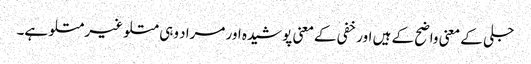
جلی کے معنی واضح کے ہیں اور خفی کےمعنی پوشیدہ اور مراد وہی متلو غیر متلو ہے۔